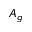
A _ { g }